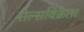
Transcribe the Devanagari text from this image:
सेल्सविक्रेता